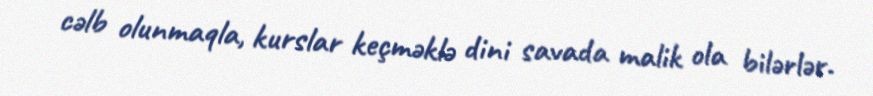
cəlb olunmaqla, kurslar keçməklə dini savada malik ola bilərlər.